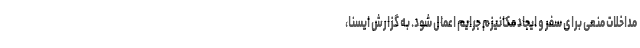
مداخلات منعی برای سفر و ایجاد مکانیزم جرایم اعمال شود. به گزارش ایسنا،